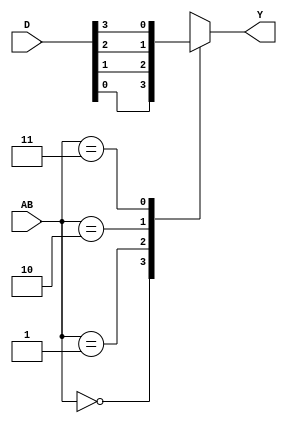
/********************************************************************
 Title       : mux_4x1.v	     		 
 Design      : 4-to-1 Multiplexer 
 Author      : David J. Marion		     	
 Func. Check : None
 Include Mods: None
*********************************************************************/
module mux_4x1(
	//Inputs
	input [3:0] D,	// 4-bit data input
	input [1:0] AB,	// 2-bit selector input
	//Ouputs
	output reg Y	// Data output
);

always @ (*) begin
	case (AB)
		2'b00 : Y = D[0];
		2'b01 : Y = D[1];
		2'b10 : Y = D[2];
		2'b11 : Y = D[3];
		default : Y = D[0];
	endcase
end

endmodule